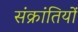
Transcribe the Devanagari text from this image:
संक्रांतियों